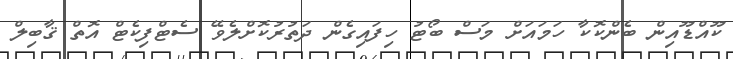
ކޫއްޑޫއިން ބެންކޮކާ ހަމައަށް މަސް ބޯޓު ހިފައިގެން ދަތުރުކޮށްލެވޭ ސެޓްފިކެޓް އޮތް ޤާބިލް